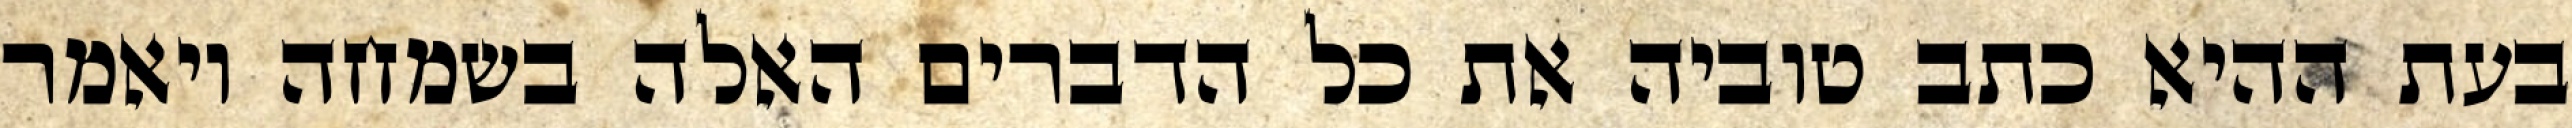
בעת ההיא כתב טוביה את כל הדברים האלה בשמחה ויאמר